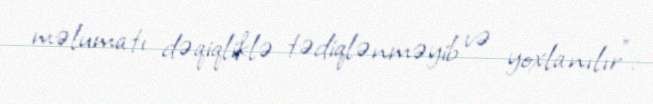
məlumatı dəqiqliklə tədiqlənməyib və yoxlanılır”.